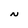
Character: N